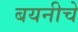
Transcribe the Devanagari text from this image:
बयनीचे